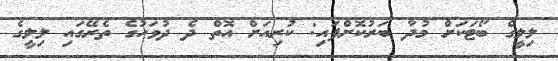
ލިލީގެ ބޯޓަކަށް މުދާ ބަރުކޮށްފައި: ކުރިއަށް އޮތް ދެ ދުވަހުގެ ތެރޭގައި ލިލީގެ